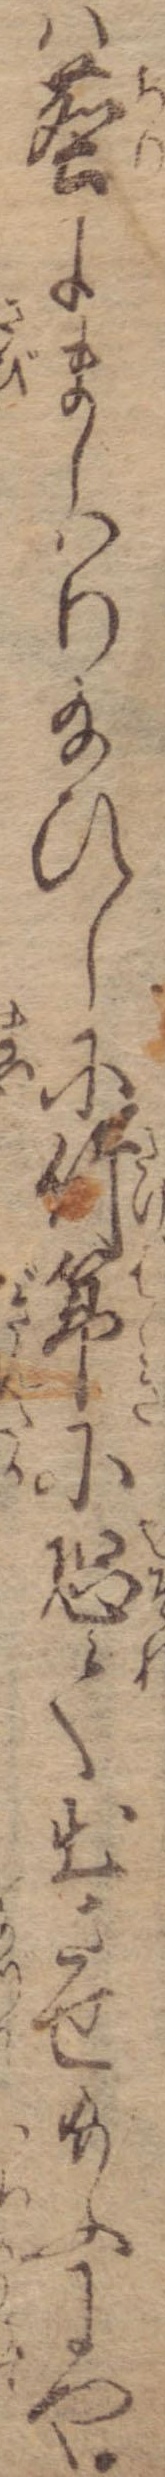
は塵にましはり給ひしに竹箒に恐て出させ給ふにや